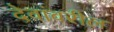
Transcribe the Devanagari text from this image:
देवांवरील